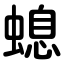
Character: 螅